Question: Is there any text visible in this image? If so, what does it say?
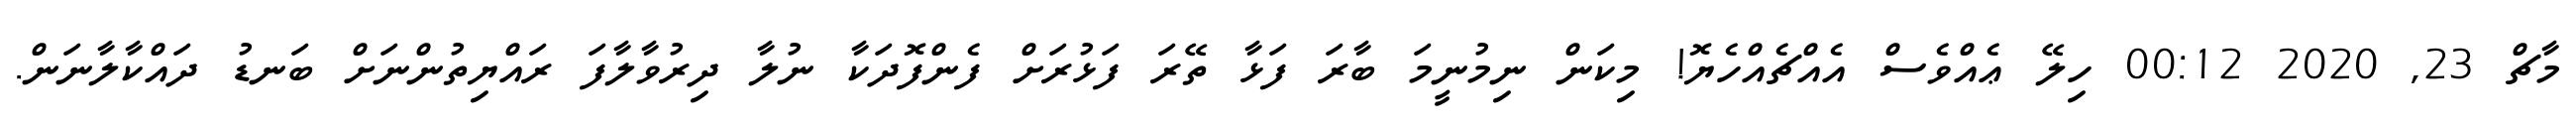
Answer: މާޗް 23, 2020 00:12 ހިލޭ ޢެއްވެސް އެއްޗެއްހެޔޮ! މިކަން ނިމުނީމަ ބާރަ ފަޅާ ތޭރަ ފަޅުރަށް ފެންފޮދަކާ ނުލާ ދިރުވާލާފަ ރައްޔިތުންނަށް ބަނޑު ދައްކާލާނަން.